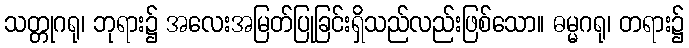
သတ္တုဂရု၊ ဘုရား၌ အလေးအမြတ်ပြုခြင်းရှိသည်လည်းဖြစ်သော။ ဓမ္မဂရု၊ တရား၌